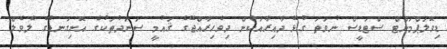
ޑިވޮލަޕްމަންޓް ސްޓަޑީސް ނުވަތަ ގުޅޭ ދާއިރާއަކުން ދިވެހިރާއްޖޭގެ ޤައުމީ ސަނަދުތަކުގެ އޮނިގަނޑުގެ ލެވެލް